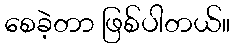
စေခဲ့တာ ဖြစ်ပါတယ်။